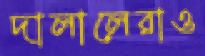
দালালেরাও